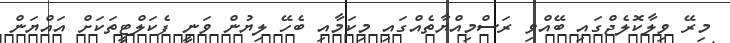
މިރޭ ވިލާކޮލެޖްގައި ބޭއްވި ރަސްމިއްޔާތެއްގައި މިކަމާއި ބެހޭ ލިޔުން ވަނީ ފެކަލްޓީތަކަށް އައްޔަން